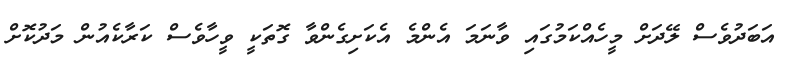
އަބަދުވެސް ލޭދަށް މީހެއްކަމުގައި ވާނަމަ އެންމެ އެކަށިގެންވާ ގޮތަކީ ވީހާވެސް ކަރާކެއުން މަދުކޮށް